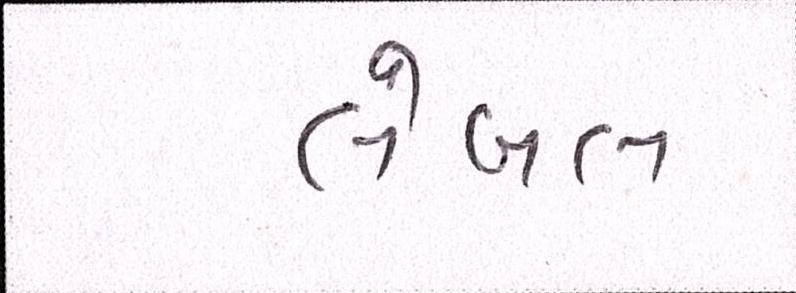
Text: લેબલ